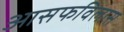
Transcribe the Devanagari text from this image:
आसफविलास